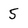
Character: 5